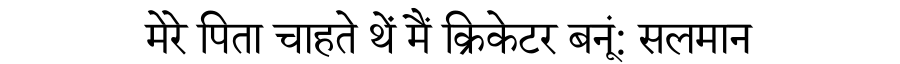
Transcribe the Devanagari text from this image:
मेरे पिता चाहते थें मैं क्रिकेटर बनूं: सलमान